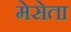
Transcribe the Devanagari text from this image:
मेसेता